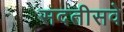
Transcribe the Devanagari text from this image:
सदतीसवे